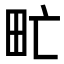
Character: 甿